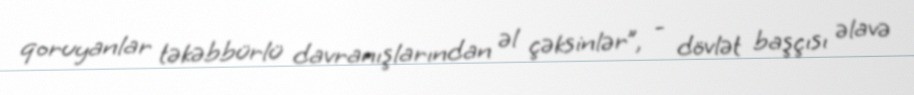
qoruyanlar təkəbbürlü davranışlarından əl çəksinlər”, - dövlət başçısı əlavə